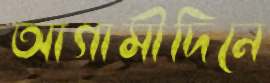
আগামীদিনে